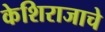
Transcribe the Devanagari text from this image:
केशिराजाचे